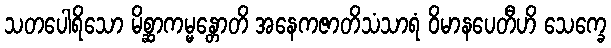
သတပေါရိသော မိစ္ဆာကမ္မန္တောတိ အနေကဇာတိသံသာရံ ဝိမာနပေတီဟိ သေက္ခေ